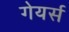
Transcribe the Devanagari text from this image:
गेयर्स